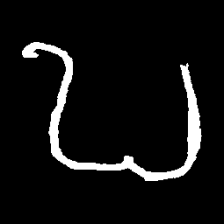
Pyu character \u2014 Myanmar letter: ဎ (romanized: ddha)